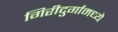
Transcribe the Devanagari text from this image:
गिरीदुर्गामध्ये